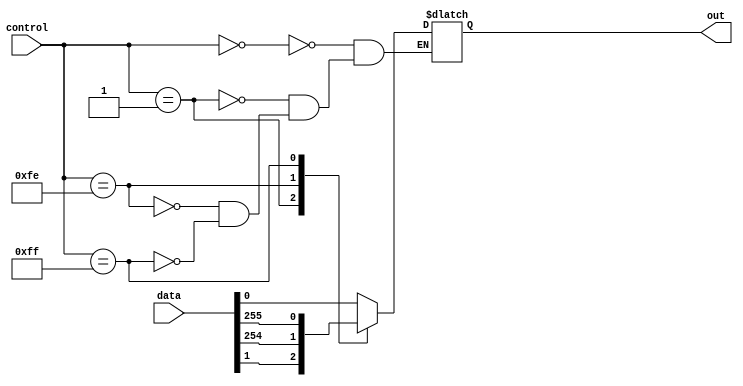
module mux_256to1 (
    input [255:0] data,
    input [7:0] control,
    output reg out
);

always @ (control)
begin
    case (control)
        8'b00000000: out = data[0];
        8'b00000001: out = data[1];
        // Add cases for data[2] to data[254]
        8'b11111110: out = data[254];
        8'b11111111: out = data[255];
    endcase
end

endmodule